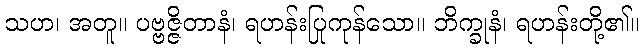
သဟ၊ အတူ။ ပဗ္ဗဇ္ဇိတာနံ၊ ရဟန်းပြုကုန်သော။ ဘိက္ခုနံ၊ ရဟန်းတို့၏။